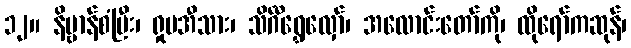
၁၂။ နိဗ္ဗာန်စံပြီး၊ ရှုမအီသား၊ သိင်္ဂီရွှေလှော်၊ အလောင်းတော်ကို၊ ထိုရော်ကဆုန်၊